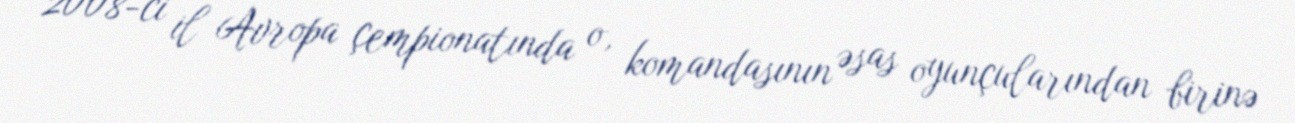
2008-ci il Avropa çempionatında o, komandasının əsas oyunçularından birinə